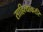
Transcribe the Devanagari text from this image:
साहित्याकररि